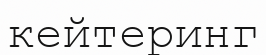
кейтеринг